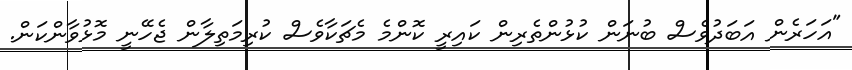
"އަހަރެން އަބަދުވެސް ބުނަން ކުޅުންތެރިން ކައިރީ ކޮންމެ މެޗަކާވެސް ކުރިމަތިލާން ޖެހޭނީ މޮޅުވާންކަން.